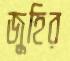
জুহির